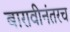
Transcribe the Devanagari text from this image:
बारावीनंतरच